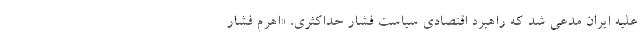
علیه ایران مدعی شد که راهبرد اقتصادی سیاست فشار حداکثری، «اهرم فشار